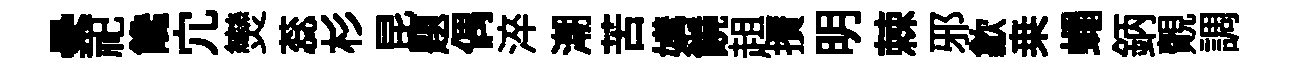
纍祀饞宂𤓖蕊杉昆題偶淬潮苦媾饒趄攅明棘邪歙桒蠅鈵覿調